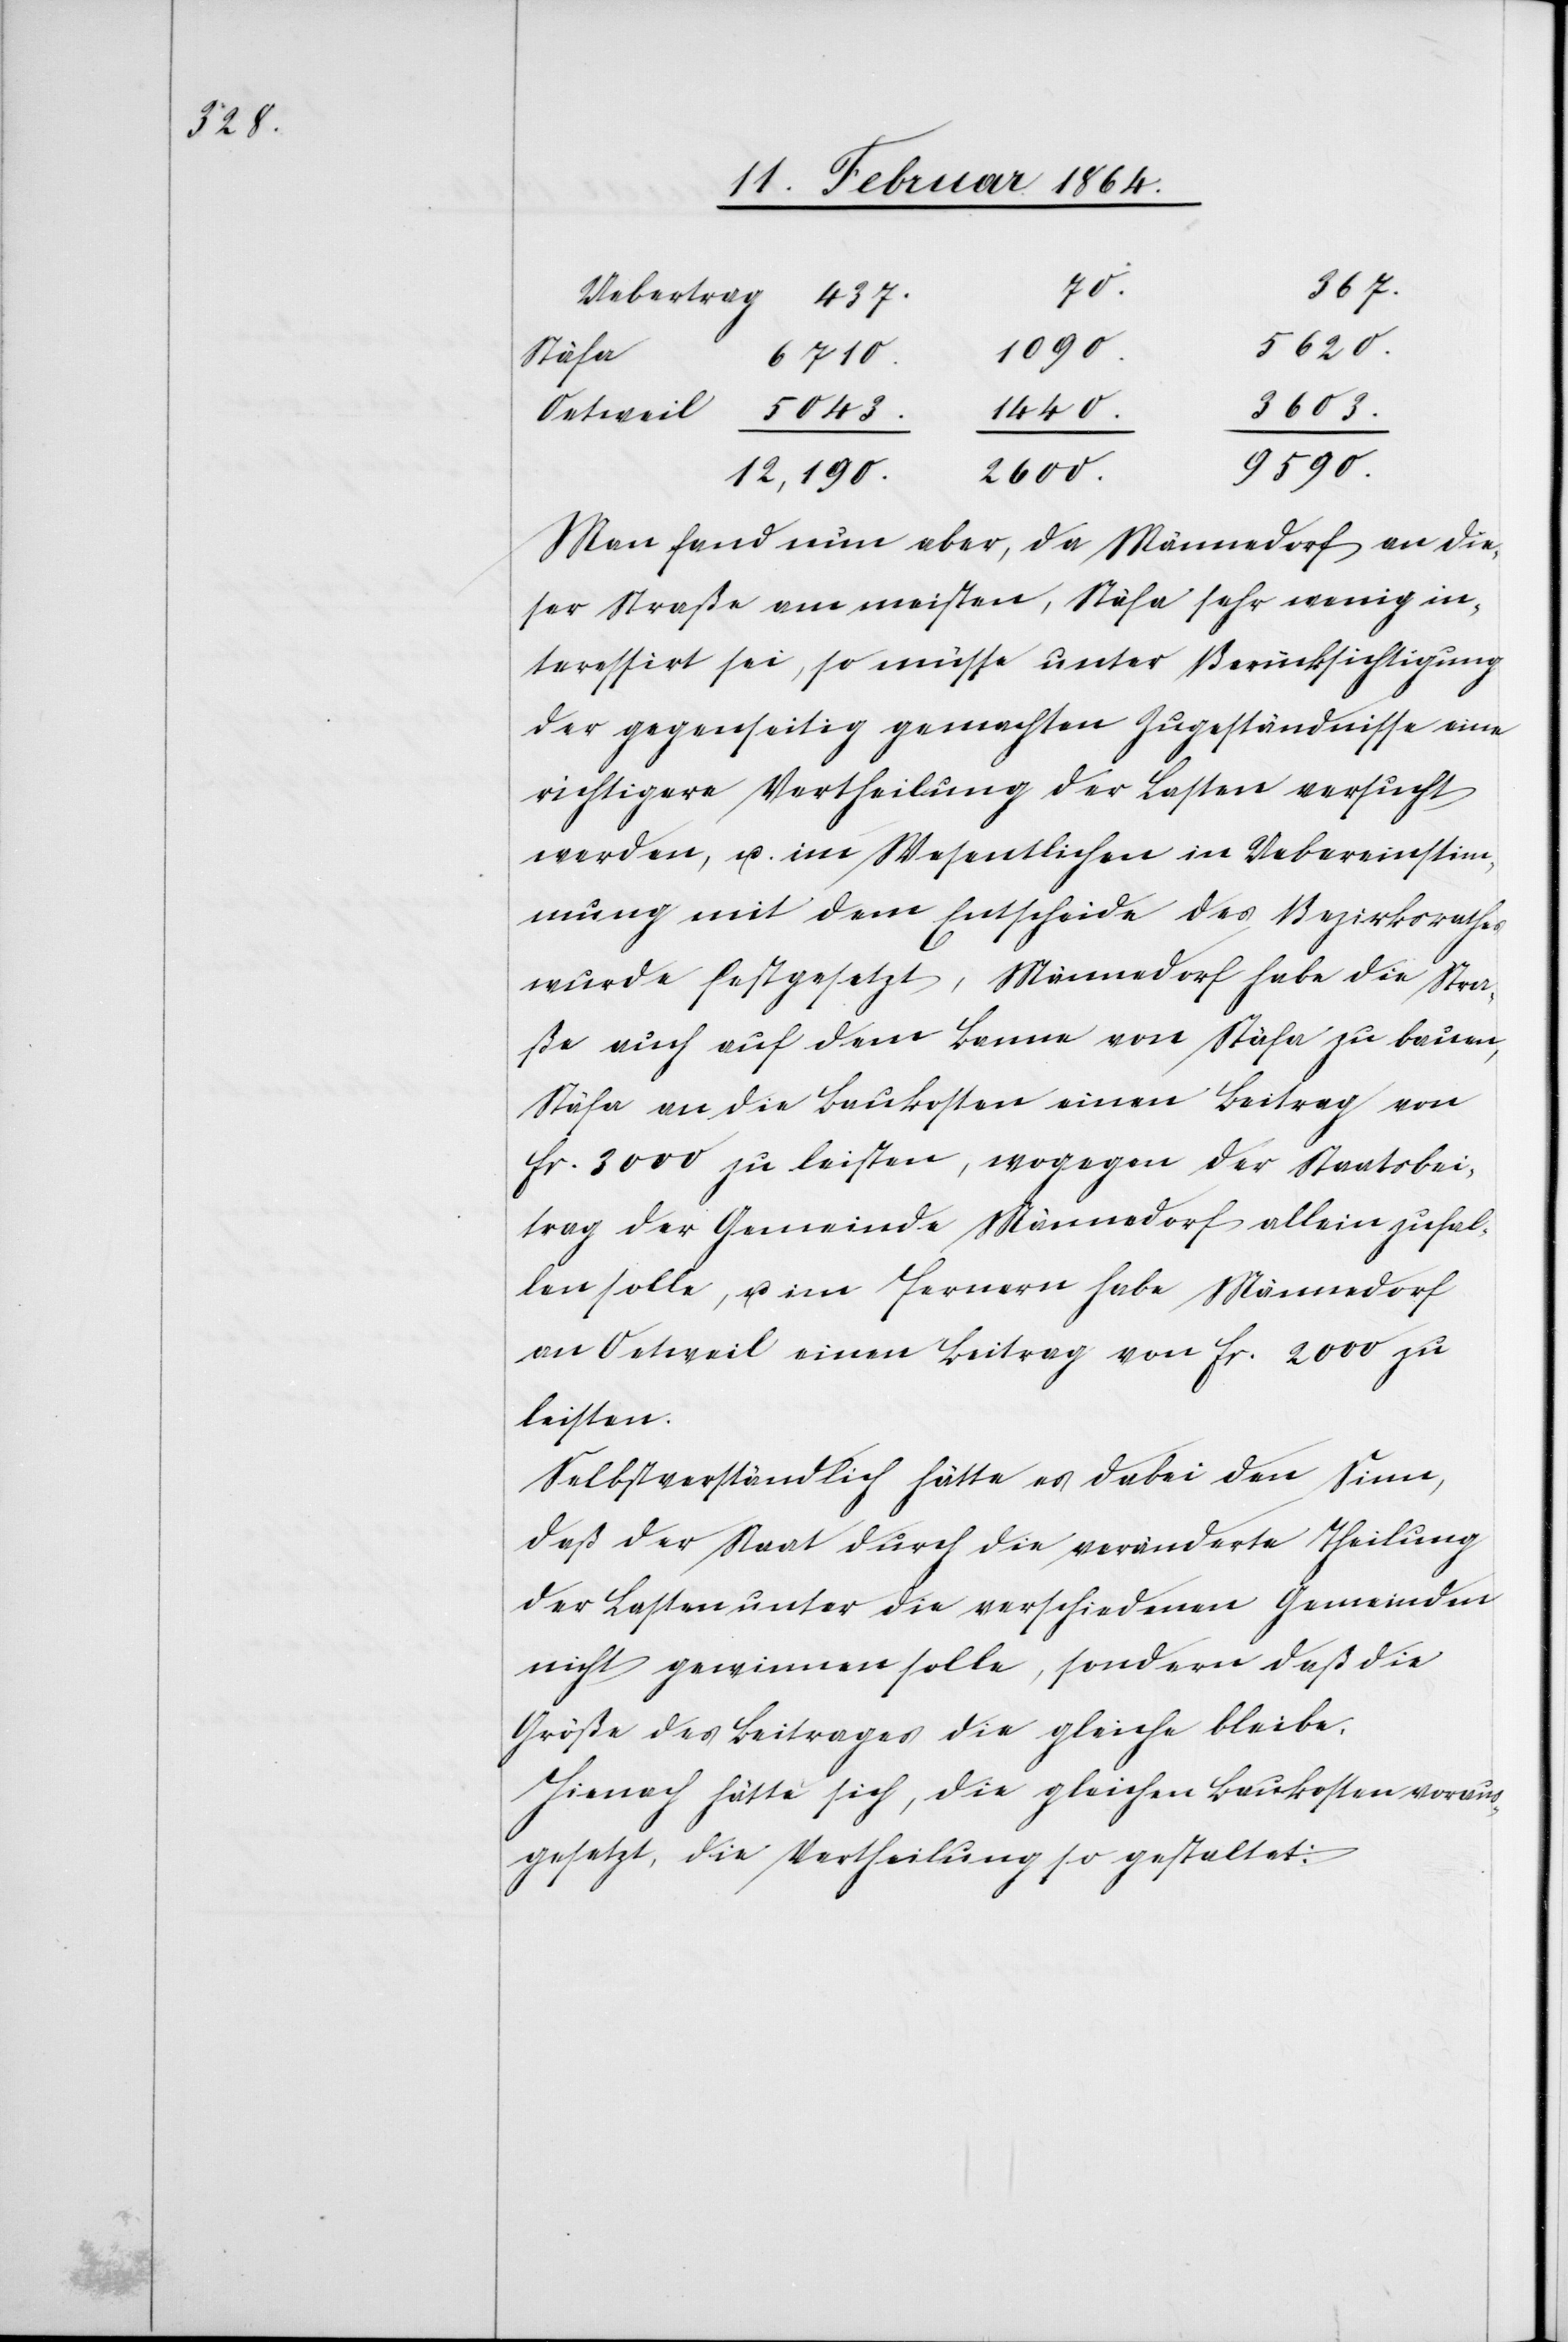
5620.
1090.
Stäfa
6710.
3603.
1440.
9590.
2600.
12,190.
Man fand nun aber, da Männedorf an die¬
ser Straße am meisten, Stäfa sehr wenig in¬
teressirt sei, so müsse unter Berücksichtigung
der gegenseitig gemachten Zugeständnisse eine
richtigere Vertheilung der Lasten versucht
werden, u. im Wesentlichen in Uebereinstim¬
mung mit dem Entscheide des Bezirksrathes
wurde festgesetzt, Männedorf habe die Stra¬
ße auch auf dem Banne von Stäfa zu bauen,
Stäfa an die Baukosten einen Beitrag von
fr. 3000 zu leisten, wogegen der Staatsbei¬
trag der Gemeinde Männedorf allein zufal¬
len solle, u. im Fernern habe Männedorf
an Oetweil einen Beitrag von fr. 2000 zu
leisten.
Selbstverständlich hätte es dabei den Sinn,
daß der Staat durch die veränderte Theilung
der Lasten unter die verschiedenen Gemeinden
nicht gewinnen solle, sondern daß die
Größe des Beitrages die gleiche bleibe.
Hienach hätte sich, die gleichen Baukosten voraus¬
gesetzt, die Vertheilung so gestaltet: